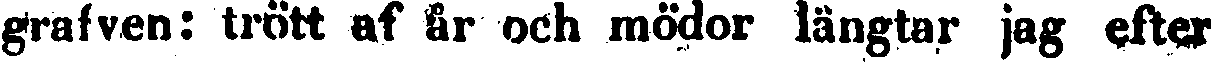
grafven: trött af år och mödor längtar jag efter